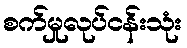
စက်မှုလုပ်ငန်းသုံး